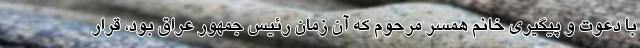
با دعوت و پیگیری خانم همسر مرحوم که آن زمان رئیس جمهور عراق بود، قرار